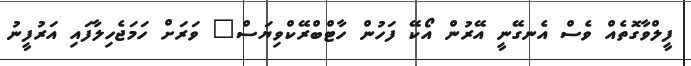
ފީލްވާގޮތެއް ވެސް އެނގޭނީ އޭރުން އޯކޭ ފަހުން ހާޓްބްރޭކްވިޔަސް" ވަރަށް ހަމަޖެހިލާފައި އަރުފީނު